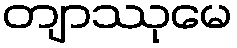
တျာဿုမေ